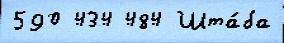
590 434 484 Шта́ба